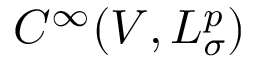
C ^ { \infty } ( V , L _ { \sigma } ^ { p } )